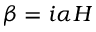
\beta = i \alpha H